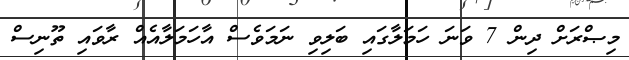
މިޞްރަށް ދިން 7 ވަނަ ހަމަލާގައި ބަލިވި ނަމަވެސް އާހަމަލާއެއް ރާވައި ތޫނިސް